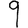
Digit: 9